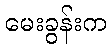
မေးခွန်းက